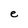
Character: e